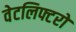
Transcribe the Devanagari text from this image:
वेटलिफ्टरों